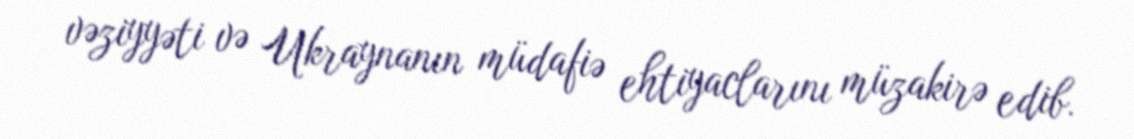
vəziyyəti və Ukraynanın müdafiə ehtiyaclarını müzakirə edib.